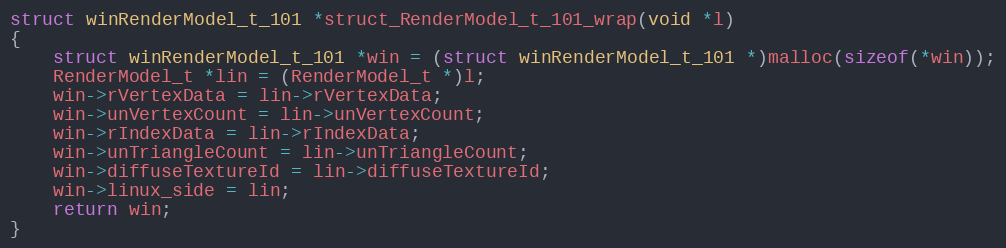
Language: C++
struct winRenderModel_t_101 *struct_RenderModel_t_101_wrap(void *l)
{
    struct winRenderModel_t_101 *win = (struct winRenderModel_t_101 *)malloc(sizeof(*win));
    RenderModel_t *lin = (RenderModel_t *)l;
    win->rVertexData = lin->rVertexData;
    win->unVertexCount = lin->unVertexCount;
    win->rIndexData = lin->rIndexData;
    win->unTriangleCount = lin->unTriangleCount;
    win->diffuseTextureId = lin->diffuseTextureId;
    win->linux_side = lin;
    return win;
}